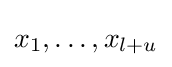
x_{1},\dots ,x_{l+u}